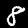
Digit: 8